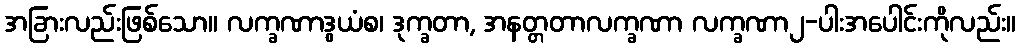
အခြားလည်းဖြစ်သော။ လက္ခဏာဒွယံစ၊ ဒုက္ခတာ, အနတ္တတာလက္ခဏာ လက္ခဏာ၂-ပါးအပေါင်းကိုလည်း။